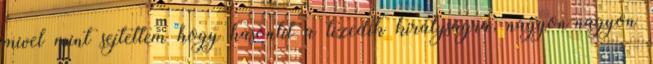
mivel mint sejtettem hogy hasonlít a tizedik királyságra, nagyon-nagyon